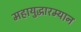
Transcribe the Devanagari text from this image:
महायुद्धारम्यान